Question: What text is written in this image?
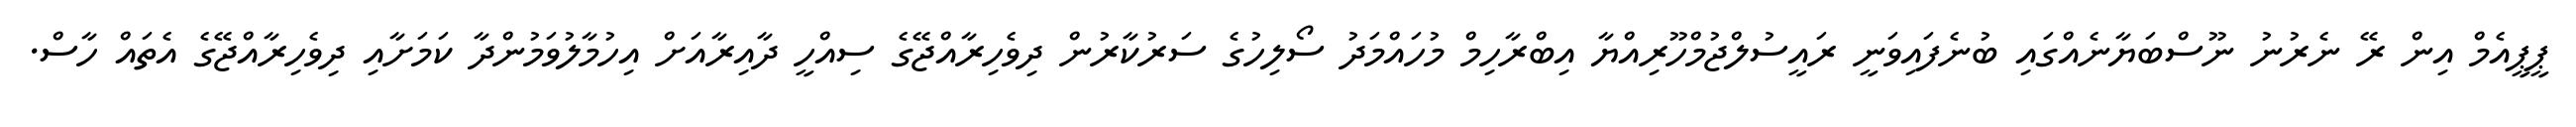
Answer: ޕީޕީއެމް އިން ރޭ ނެރުނު ނޫސްބަޔާނެއްގައި ބުނެފައިވަނީ ރައީސުލްޖުމްހޫރިއްޔާ އިބްރާހިމް މުހައްމަދު ސޯލިހުގެ ސަރުކާރުން ދިވެހިރާއްޖޭގެ ސިއްހީ ދާއިރާއަށް އިހުމާލުވަމުންދާ ކަމަށާއި ދިވެހިރާއްޖޭގެ އެތައް ހާސް.